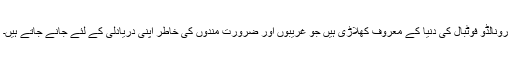
رونالڈو فوٹبال کی دنیا کے معروف کھلاڑی ہیں جو غریبوں اور ضرورت مندوں کی خاطر اپنی دریادلی کے لئے جانے جاتے ہیں۔